Civil Veterinary Dept. Bombay admin report 1923-31 - 1923-1931
Year: 1923
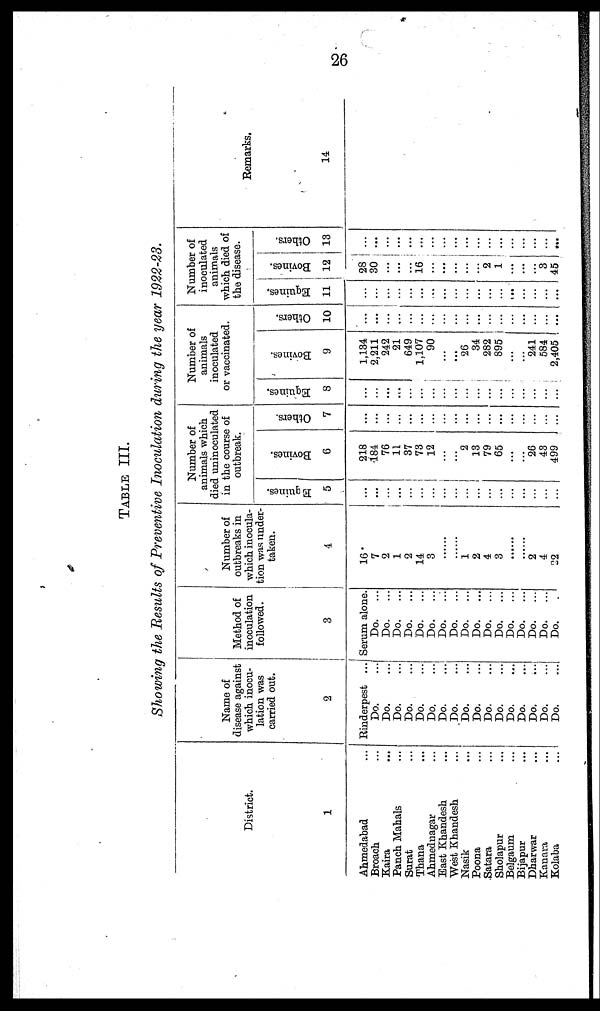
26
TABLE III.
Showing the Results of Preventive Inoculation during the year 1922-23.
District.
1
Ahmedabad ...
Broach ...
Kaira ...
Panch Mahals ...
Surat ...
Thana ...
Ahmednagar ...
East Khandesh ...
West Khandesh ...
Nasik ...
Poona ...
Satara ...
Sholapur ...
Belgaum ...
Bijapur ...
Dharwar ...
Kanara ...
Kolaba ...
Name of
disease against
which inocu-
lation was
carried out.
2
Rinderpest ...
Do. ...
Do. ....
Do. ...
Do. ...
Do. ...
Do. ...
Do. ...
Do. ...
Do. ...
Do. ...
Do. ...
Do. ...
Do. ...
Do. ...
Do. ...
Do. ...
Do.
...
Method of
inoculation
followed.
3
Serum alone.
Do.
...
Do.
...
Do.
...
Do.
...
Do.
...
Do.
...
Do.
...
Do.
...
Do.
...
Do.
...
Do.
...
Do.
...
Do.
...
Do.
...
Do.
...
Do.
...
Do. ...
Number of
outbreaks in
which inocula-
tion was under-
taken.
4
16
7
2
1
2
14
3
......
......
1
2
4
3
......
......
2
4
22
Number of
animals which
died uninoculated
in the course of
outbreak.
Equines.
5
...
...
...
...
...
...
...
...
...
...
...
...
...
...
...
...
...
...
Bovi nes .
6
218
184
76
11
37
73
12
...
...
2
13
79
65
...
...
26
43
499
Ot her s .
7
...
...
...
...
...
...
...
...
...
...
...
...
...
...
...
...
...
...
Number of
animals
inoculated
or vaccinated.
Equi nes .
8
...
...
...
...
...
...
...
...
...
...
...
...
...
...
...
...
....
...
Bovines.
9
1,134
2,211
242
21
649
1,107
90
...
...
26
34
282
895
...
...
241
584
2,405
Ot her s .
10
...
...
...
...
...
...
...
...
...
...
...
...
...
...
...
...
...
....
Number of
inoculated
animals
which died of
the disease.
Equines.
11
...
...
...
...
...
...
...
...
...
...
...
...
...
...
...
...
...
...
Bovines.
12
28
30
...
...
...
16
...
...
...
...
...
2
1
...
...
3
45
Others.
13
...
...
...
...
...
...
...
...
...
...
...
...
...
...
...
...
...
...
Remarks.
14